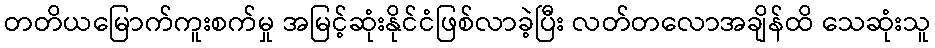
တတိယမြောက်ကူးစက်မှု အမြင့်ဆုံးနိုင်ငံဖြစ်လာခဲ့ပြီး လတ်တလောအချိန်ထိ သေဆုံးသူ